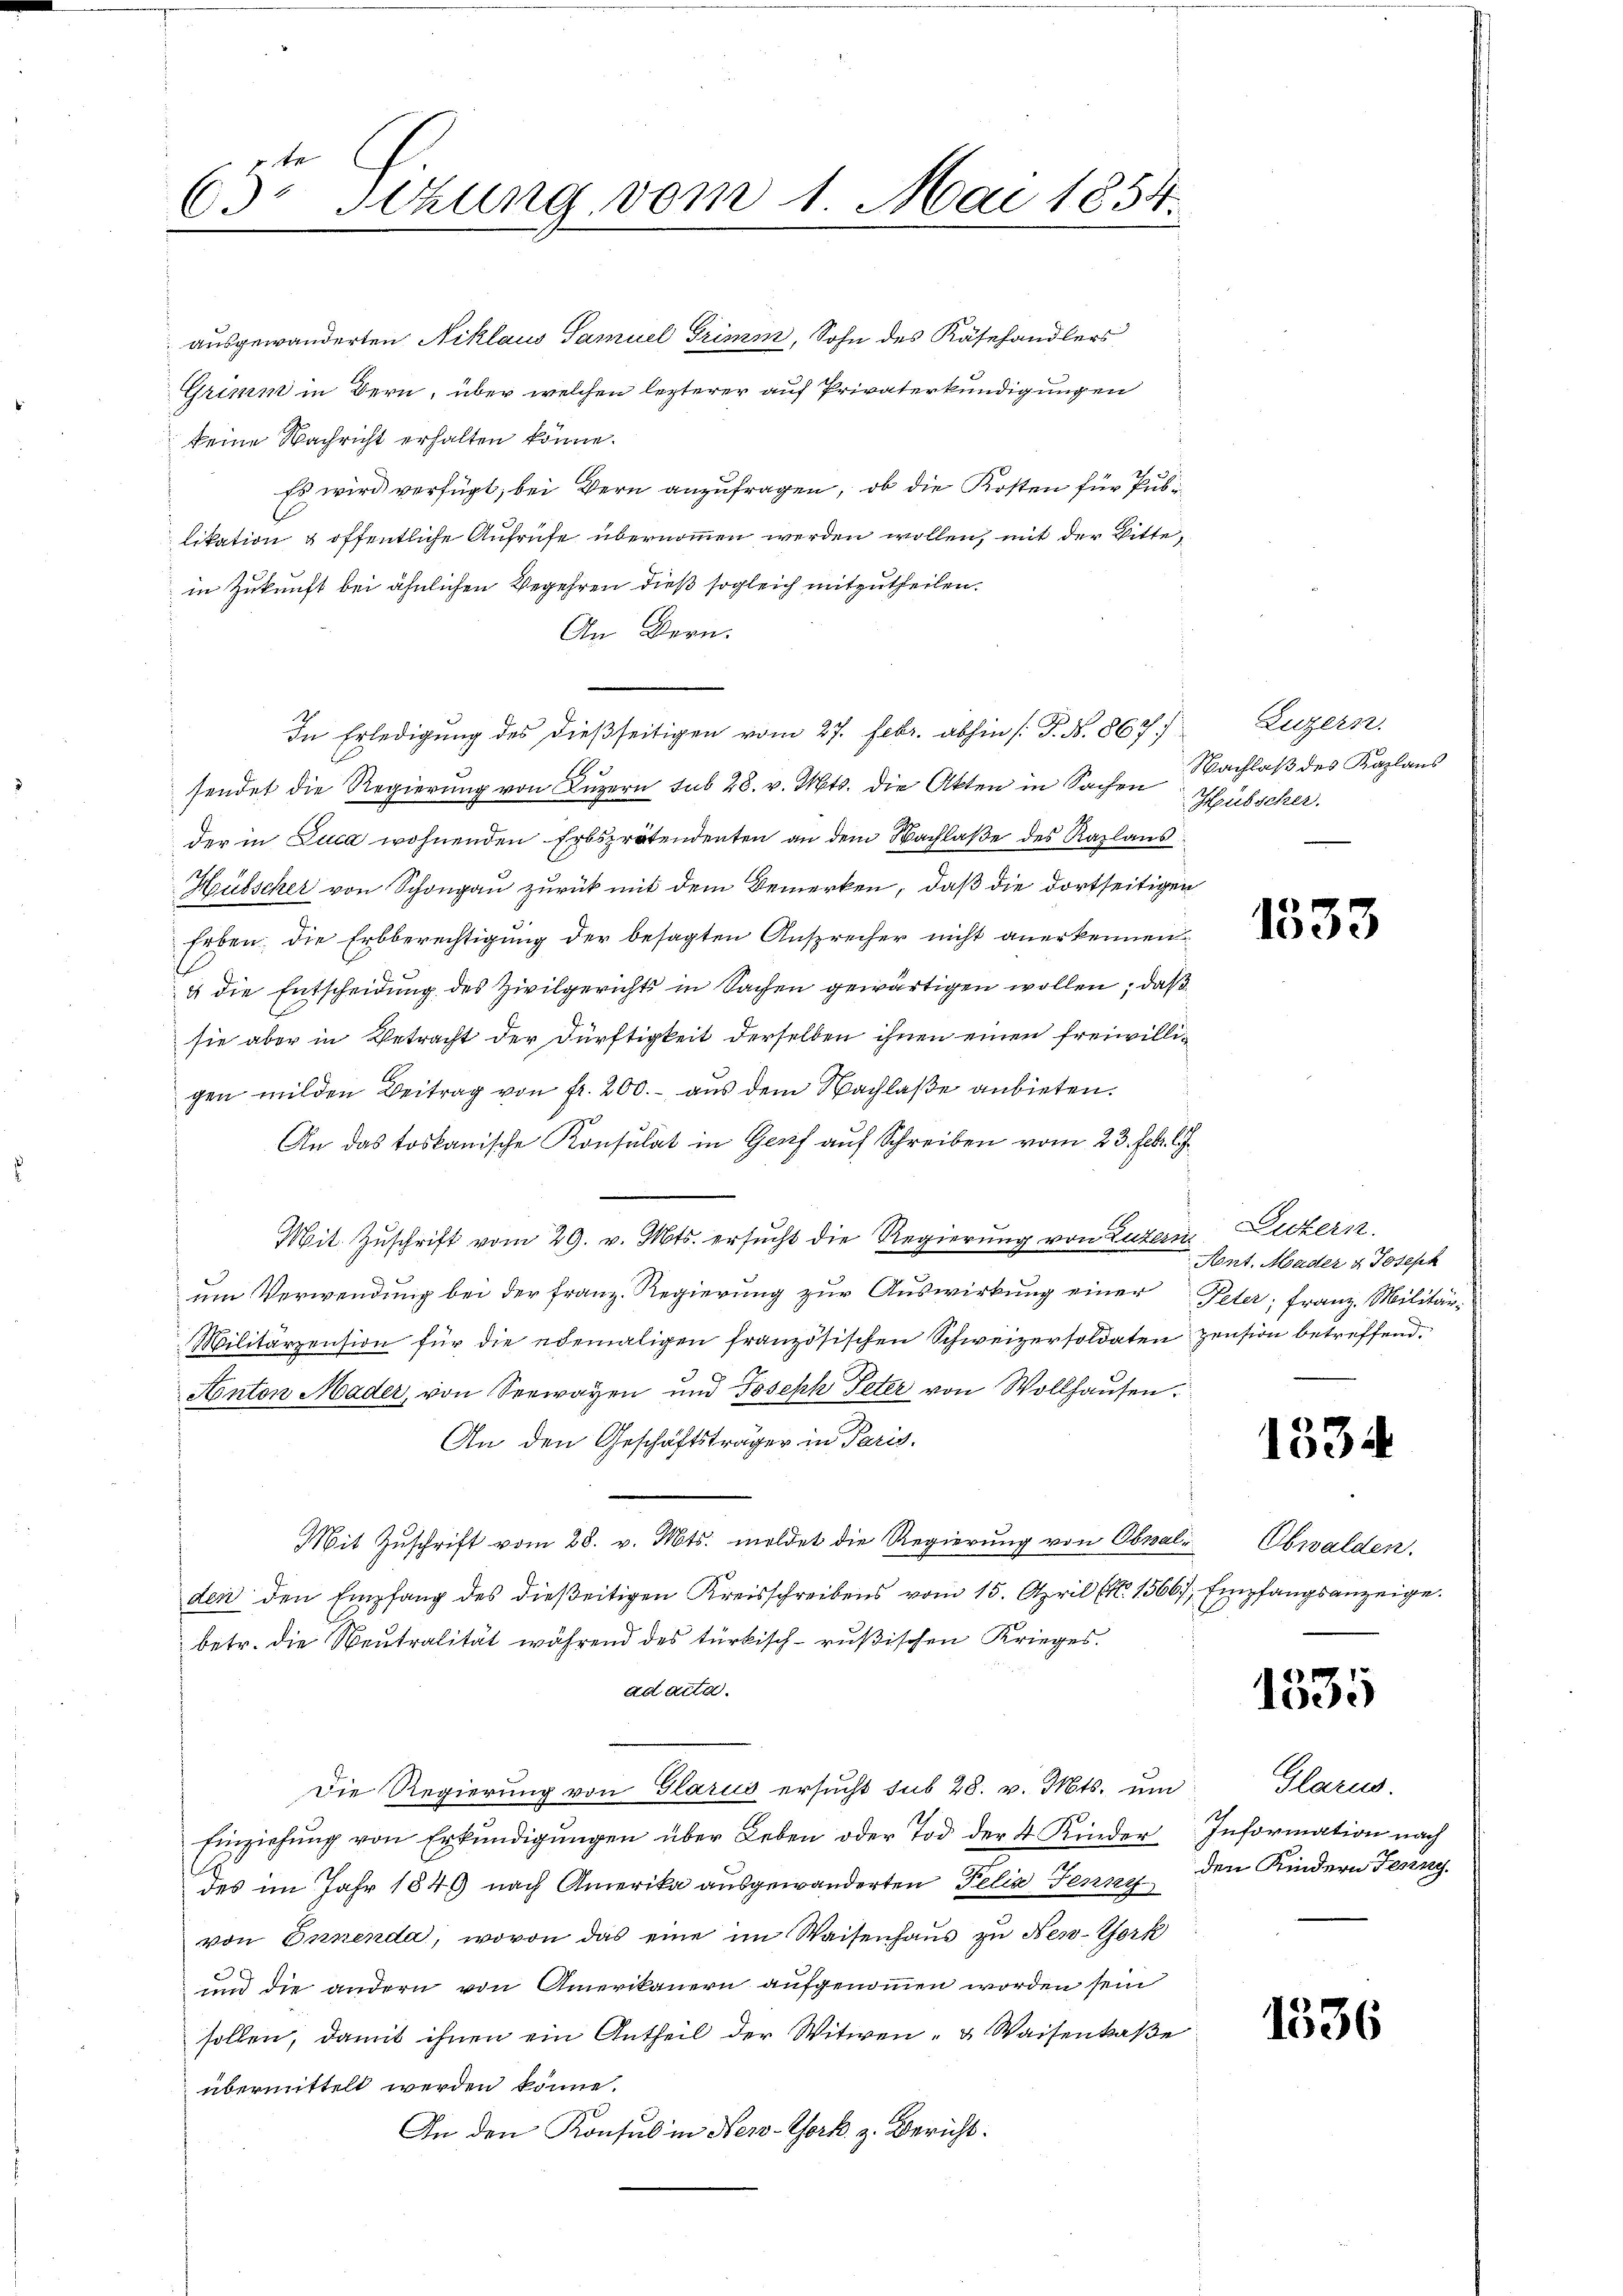
65. Sitzung vom 1. Mai 1854.

ausgewanderten Niklaus Samuel Grimm, Sohn des Käsehandlers
Grimm in Bern, über welchen lezterer auf Privaterkundigungen
keine Nachricht erhalten könne.
Es wird verfügt, bei Bern anzufragen, ob die Kosten für Publikation & öffentliche Aufrufe übernommen werden wollen, mit der Bitte,
in Zukunft bei ähnlichen Begehren dieß sogleich mitzutheilen.
An Bern.
In Erledigung des dießseitigen vom 27. Febr. abhin /: P. Nr. 867/
sendet die Regierung von Luzern sub 28. v. Mts. die Akten in Sachen Hübscher.
der in Luca wohnenden Erbsprätendenten an dem Nachlaße des Kaplans
Hüsscher von Schongau zurück mit dem Bemerken, daß die dortseitigen
Erben die Erbberechtigung der besagten Ansprecher nicht anerkennen
4 die Entscheidung des Zivilgerichts in Sachen gewärtigen wollen, daß
sie aber in Betracht der Dürftigkeit derselben ihnen einen freiwilligen milden Beitrag von fr. 200.- aus dem Nachlaße anbieten.
An das toskanische Konsulat in Gerif auf Schreiben vom 23. Febr. l.
Mit Zŭschrift vom 29. v. Mts. ersŭcht die Regierung von Luzern, Luzern.
um Verwendung bei der Franz. Regierung zur Auswirkung einer Peter, Franz. Militär¬
Militärzension für die ebemaligen französischen Schweizersoldaten pension betreffend.
Anton Mader, von Seewayen und Joseph Peter von Wollhausen.
An den Geschäftsträger in Paris.
Mit Zuschrift vom 28. v. Mts. meldet die Regierung von Obnal: Obwalden,
den den Empfang des dießeitigen Kreisschreibens vom 15. April (N. 15667, Empfangsanzeige.
betr. die Neutralität während des türkisch-rußischen Krieges.
ad acta.
Die Regierung von Glarus ersucht sub 28. v. Mts. und
Einziehŭng von Erkŭndigŭngen über Leben oder Tod der 4 Kinder Information nach
A
des im Jahr 1849 nach Amerika ausgewanderten Felix Ferne den Kindern Fering
von Innenda, wovon das eine im Waisenhaus zu New-York
und die andern von Amerikauern aufgenommen worden sein
sollen, damit ihnen ein Antheil der Witwen- u. Waisenkaße
übermittelt werden könne.
In den Konsul in New-York z. Bericht.

Luzern.
Nachlaß des Kaplans

1333

Ant. Mader u Joseph

1534

1535

Glarus.

1336